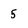
Character: 5